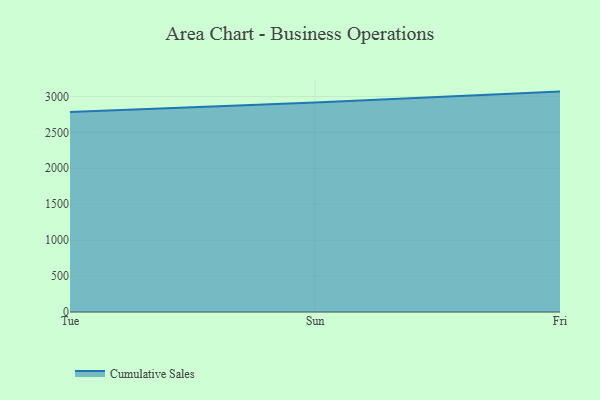
{"axis": {"x": "Day", "y": "Page Views"}, "legend": ["Cumulative Sales"], "data": [{"x": "Tue", "y": 2781.8, "type": "Cumulative Sales"}, {"x": "Sun", "y": 2914.4, "type": "Cumulative Sales"}, {"x": "Fri", "y": 3067.3, "type": "Cumulative Sales"}]}